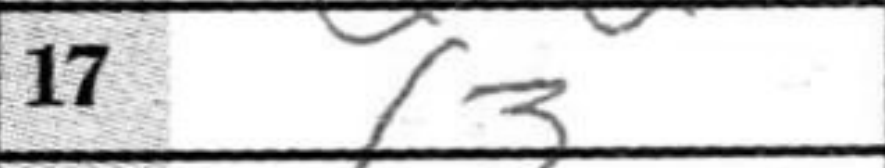
Transcription: f3